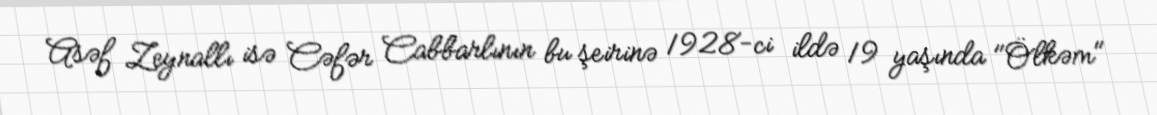
Asəf Zeynallı isə Cəfər Cabbarlının bu şeirinə 1928-ci ildə 19 yaşında "Ölkəm"